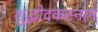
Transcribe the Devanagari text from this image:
शुद्धोदकस्नान